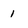
Character: 1